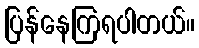
ပြန်နေကြရပါတယ်။